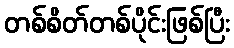
တစ်စိတ်တစ်ပိုင်းဖြစ်ပြီး